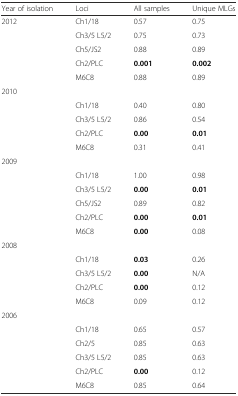
| Year of isolation | Loci | All samples | Unique MLGs |
 | --- | --- | --- | --- |
 | 2012 | Ch1/18 | 0.57 | 0.75 |
 |  | Ch3/5 L5/2 | 0.75 | 0.73 |
 |  | Ch5/JS2 | 0.88 | 0.89 |
 |  | Ch2/PLC | 0.001 | 0.002 |
 |  | M6C8 | 0.88 | 0.89 |
 | 2010 |  |  |  |
 |  | Ch1/18 | 0.40 | 0.80 |
 |  | Ch3/5 L5/2 | 0.86 | 0.54 |
 |  | Ch2/PLC | 0.00 | 0.01 |
 |  | M6C8 | 0.31 | 0.41 |
 | 2009 |  |  |  |
 |  | Ch1/18 | 1.00 | 0.98 |
 |  | Ch3/5 L5/2 | 0.00 | 0.01 |
 |  | Ch5/JS2 | 0.89 | 0.82 |
 |  | Ch2/PLC | 0.00 | 0.01 |
 |  | M6C8 | 0.00 | 0.08 |
 | 2008 |  |  |  |
 |  | Ch1/18 | 0.03 | 0.26 |
 |  | Ch3/5 L5/2 | 0.00 | N/A |
 |  | Ch2/PLC | 0.00 | 0.12 |
 |  | M6C8 | 0.09 | 0.12 |
 | 2006 |  |  |  |
 |  | Ch1/18 | 0.65 | 0.57 |
 |  | Ch2/5 | 0.85 | 0.63 |
 |  | Ch3/5 L5/2 | 0.85 | 0.63 |
 |  | Ch2/PLC | 0.00 | 0.12 |
 |  | M6C8 | 0.85 | 0.64 |